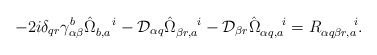
\begin{align*}-2i\delta_{qr}\gamma^b_{\alpha\beta}\hat\Omega_{b,a}^{~~~i}-{\cal D}_{\alpha q}\hat\Omega_{\beta r, a}^{~~~~i}-{\cal D}_{\beta r}\hat\Omega_{\alpha q, a}^{~~~~i}=R_{\alpha q\beta r,a}^{~~~~~~i}.\end{align*}